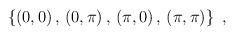
LaTeX: \begin{align*}\left\{ (0,0) \,,\,(0,\pi) \,,\, (\pi,0)\,,\, (\pi,\pi) \right\}\;,\end{align*}